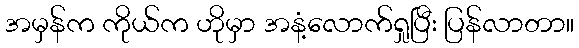
အမှန်က ကိုယ်က ဟိုမှာ အနံ့လောက်ရှုပြီး ပြန်လာတာ။